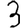
Digit: 3